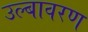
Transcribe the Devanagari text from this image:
उल्बावरण